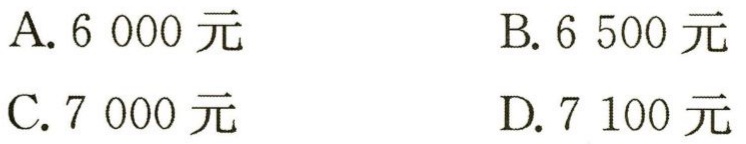
A. 6 000 元
B. 6 500 元
C. 7 000 元
D. 7 100 元